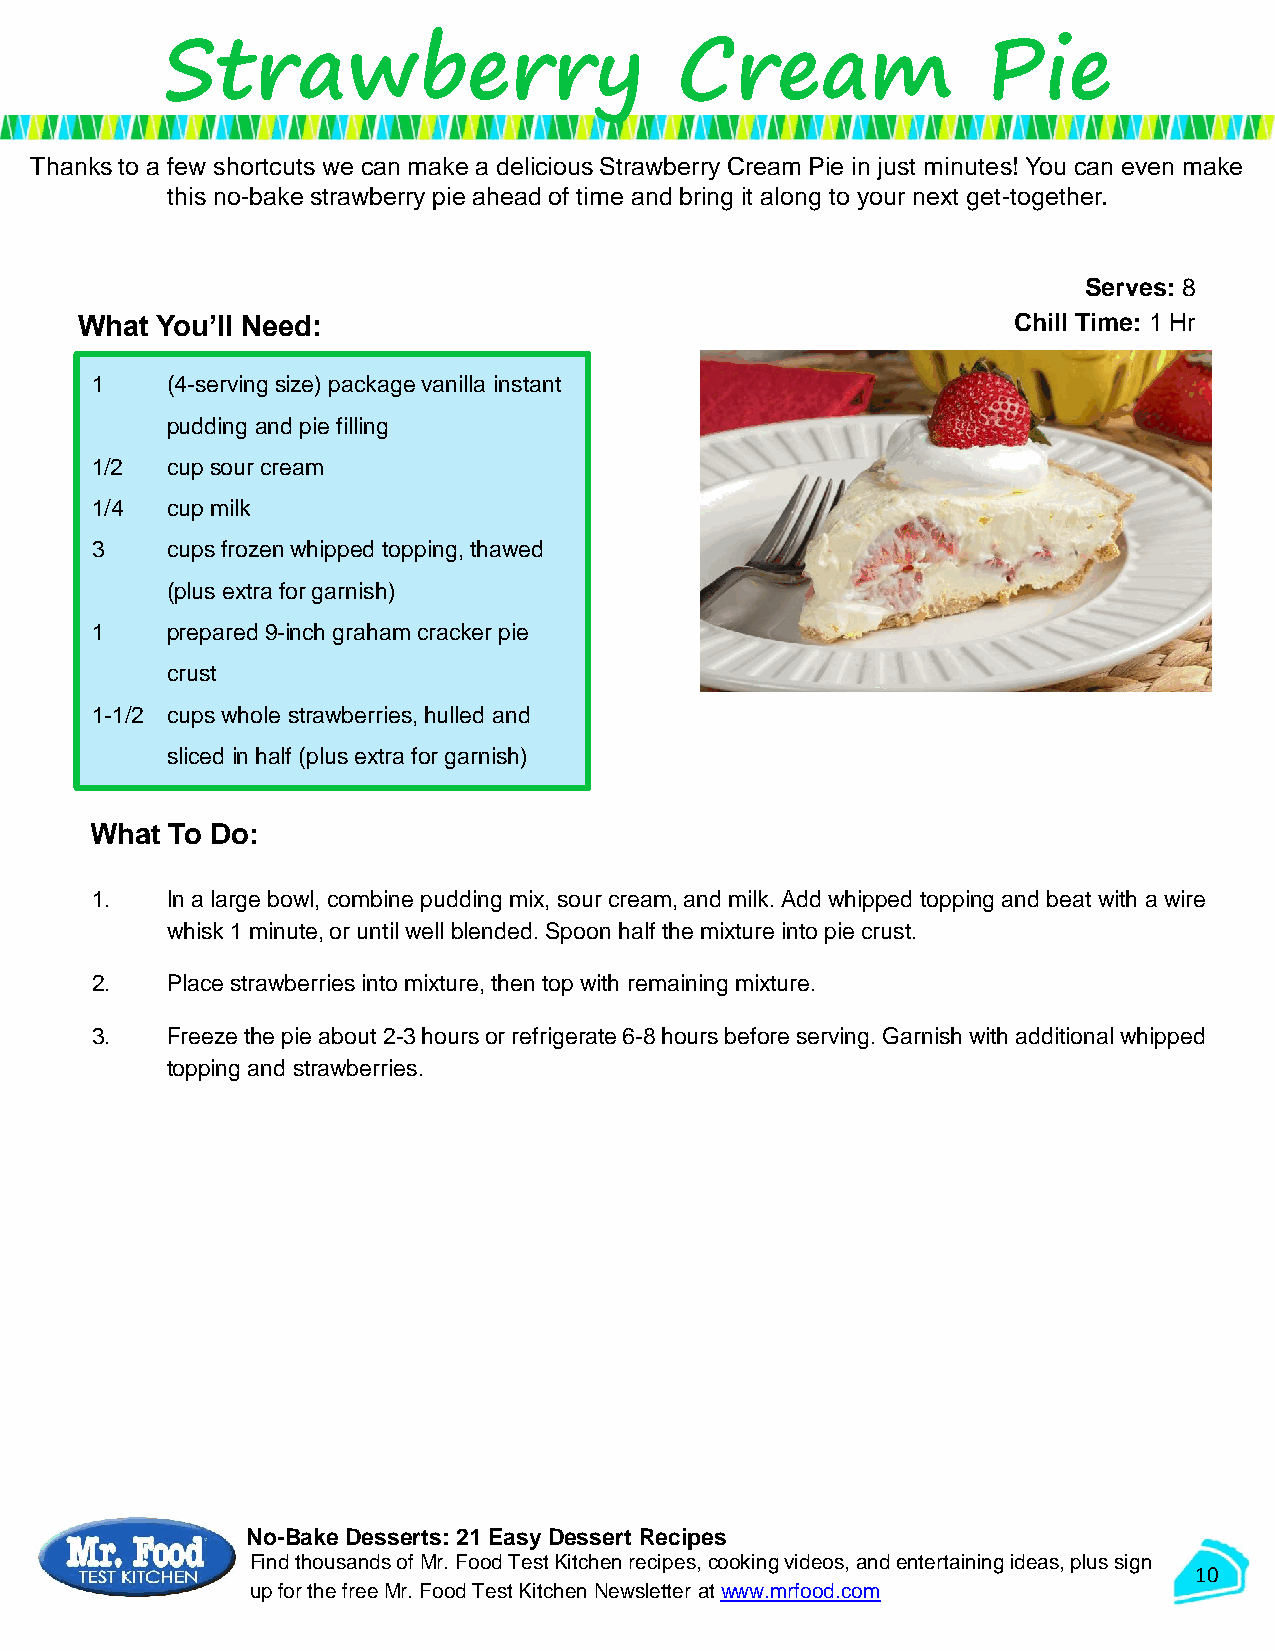
Strawberry                        Cream               Pie
 Thanks to a few shortcuts we can make a delicious Strawberry Cream Pie in just minutes! You can even make
 this no-bake strawberry pie ahead of time and bring it along to your next get-together.
 Serves: 8
 What You’ll Need:                                             Chill Time: 1 Hr
 1    (4-serving size) package vanilla instant
 pudding and pie filling
 1/2  cup sour cream
 1/4  cup milk
 3    cups frozen whipped topping, thawed
 (plus extra for garnish)
 1    prepared 9-inch graham cracker pie
 crust
 1-1/2 cups whole strawberries, hulled and
 sliced in half (plus extra for garnish)
 What To Do:
 1.   In a large bowl, combine pudding mix, sour cream, and milk. Add whipped topping and beat with a wire
 whisk 1 minute, or until well blended. Spoon half the mixture into pie crust.
 2.   Place strawberries into mixture, then top with remaining mixture.
 3.   Freeze the pie about 2-3 hours or refrigerate 6-8 hours before serving. Garnish with additional whipped
 topping and strawberries.
 No-Bake Desserts: 21 Easy Dessert Recipes
 Find thousands of Mr. Food Test Kitchen recipes, cooking videos, and entertaining ideas, plus sign
 10
 up for the free Mr. Food Test KitchenNewsletter at www.mrfood.com